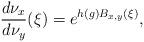
LaTeX: \begin{align*} \frac{d\nu_x}{d\nu_y}(\xi)=e^{h(g)B_{x,y}(\xi)}, \end{align*}